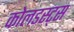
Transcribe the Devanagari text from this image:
कोलडस्ट्स